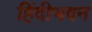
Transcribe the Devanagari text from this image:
हिंदीभवन